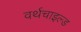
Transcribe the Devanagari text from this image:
वर्थचाइल्ड